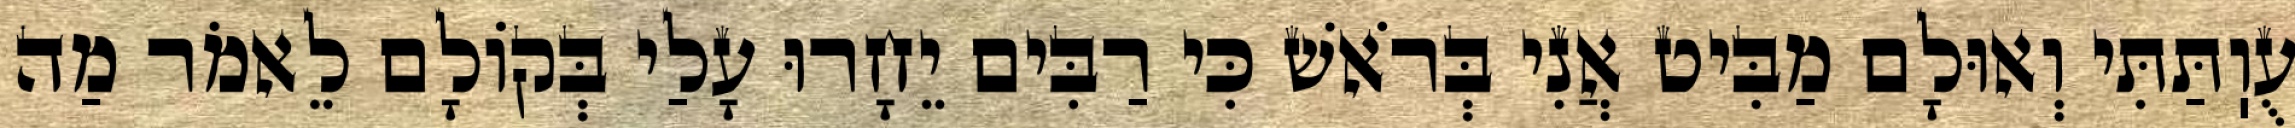
עֻוֽתַּתִּי וְאוּלָם מַבִּיט אֲנִי בְּרֹאשׁ כִּי רַבִּים יֵחָרוּ עָלַי בְּקוֹלָם לֵאמֹר מַה